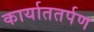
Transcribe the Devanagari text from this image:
कार्याततर्पण